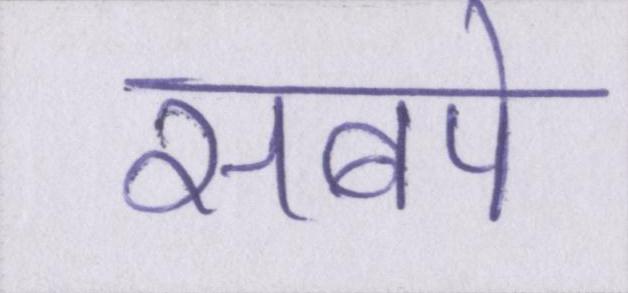
सबपे